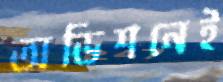
অডিশনেই